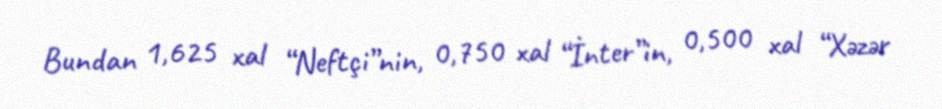
Bundan 1,625 xal “Neftçi”nin, 0,750 xal “İnter”in, 0,500 xal “Xəzər